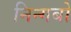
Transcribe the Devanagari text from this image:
निन्गबो